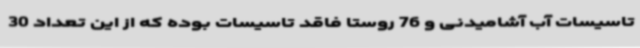
تاسیسات آب آشامیدنی و 76 روستا فاقد تاسیسات بوده که از این تعداد 30